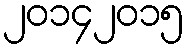
၂၀၁၄၂၀၁၅